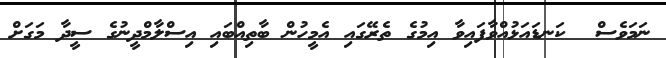
ނަމަވެސް  ކަނޑައަޅުއްވާފައިވާ އިމުގެ ތެރޭގައި އެމީހުން ބާތިއްބައި އިސްލާމްދީނުގެ ސީދާ މަގަށް